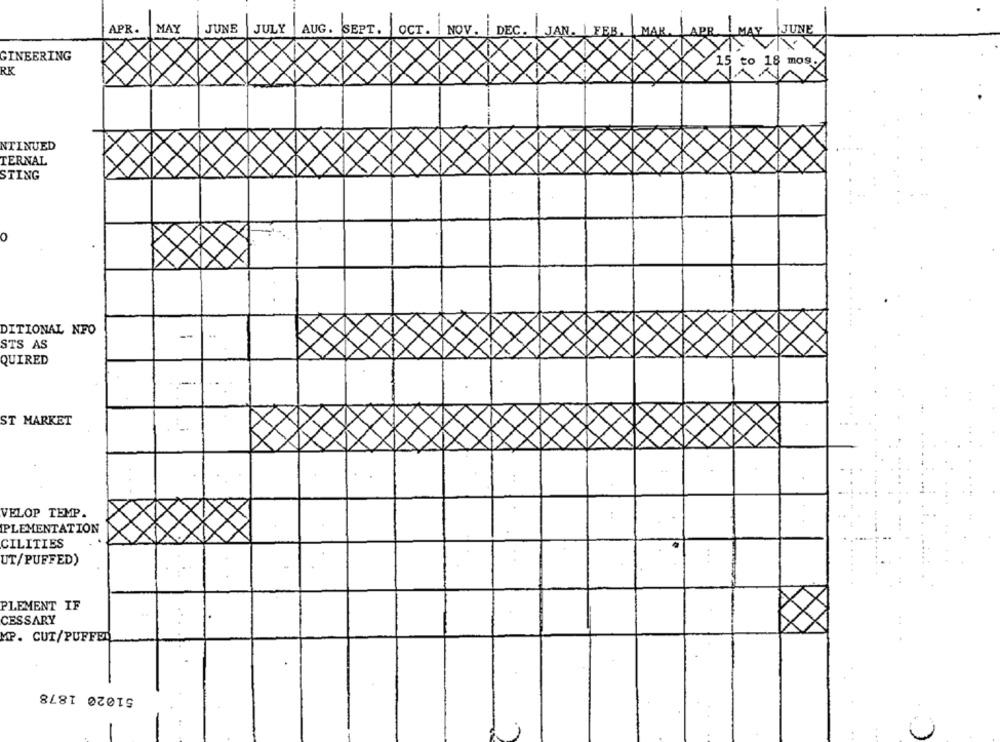
APR.
MAY
JUNE
JULY
AUG .
SEPT.
OCT.
NOV.
DEC
JUNE
GINEERING
15 to 18 mos.
RK
NTINUED
TERNAL
STING
0
DITIONAL NFO
--
STS AS
QUIRED
ST MARKET
VELOP TEMP.
PLEMENTATION
CILITIES
UT/PUFFED)
PLEMENT IF
CESSARY
MP. CUT/PUFFED
51020 1878